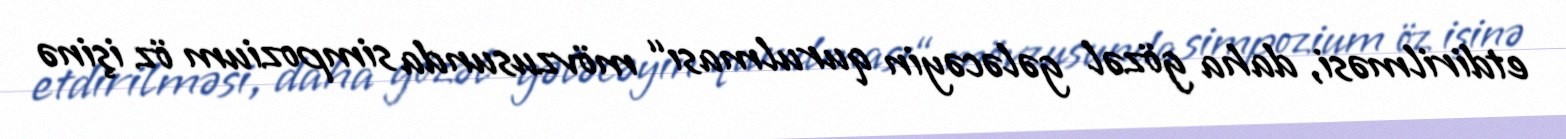
etdirilməsi, daha gözəl gələcəyin qurulması“ mövzusunda simpozium öz işinə